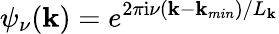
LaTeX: \psi_{\nu}(\mathbf{k})=e^{2\pi\mathrm{{i}}\nu(\mathbf{k}-\mathbf{k}_{min})/L_{\mathbf{k}}}